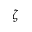
\zeta